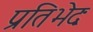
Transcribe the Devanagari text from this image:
प्रतिभेदः